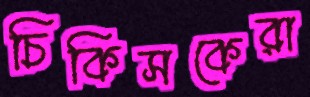
চিকিসকেরা